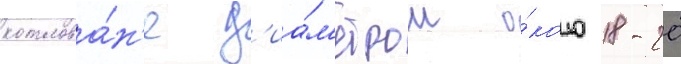
котлова́н'е д'иа́м'етром о́коло 18-20